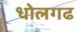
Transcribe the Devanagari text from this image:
धोलगढ